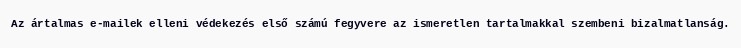
Az ártalmas e-mailek elleni védekezés első számú fegyvere az ismeretlen tartalmakkal szembeni bizalmatlanság.